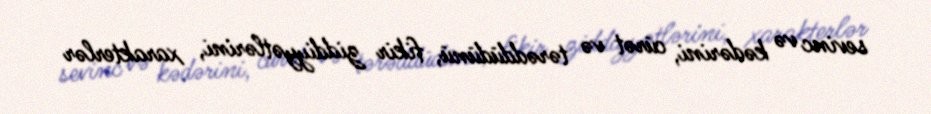
sevinc və kədərini, cürət və tərəddüdünü, fikir ziddiyyətlərini, xarakterlər